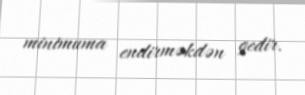
minimuma endirməkdən gedir.